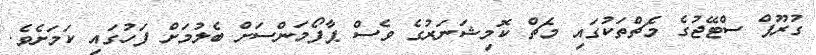
ގުރޫޕް ސްޓޭޖުގެ މެޗްތަކުގައި މެޗް ކޮމިޝަނަރުގެ ވެސް ޕާފޯމަންސަށް ބެލުމަށް ފަހުގައި ކަމަށެވެ.